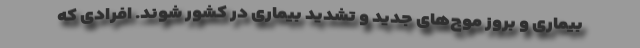
بیماری و بروز موج‌های جدید و تشدید بیماری در کشور شوند. افرادی که